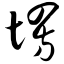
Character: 塄